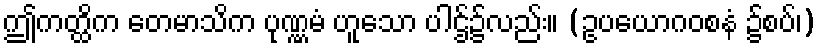
ဤကတ္ထိက တေမာသိက ပုဏ္ဏမံ ဟူသော ပါဌ်၌လည်း။ (ဥပယောဂဝစနံ ၌စပ်၊)